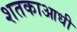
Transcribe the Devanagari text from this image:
शतकाआधी